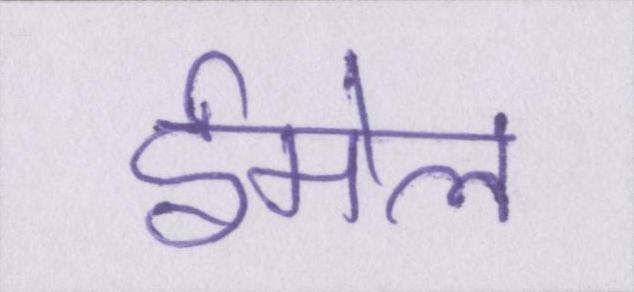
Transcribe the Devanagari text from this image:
ईमेल